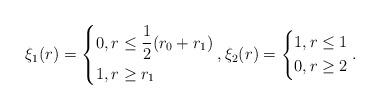
LaTeX: \begin{align*}\xi_{1}(r)=\left\{\begin{aligned}&0,r\leq\frac{1}{2}(r_{0}+r_{1})\\ &1,r\geq r_{1}\end{aligned}\right.,\xi_{2}(r)=\left\{\begin{aligned}1,r\leq 1\\ 0,r\geq 2\end{aligned}\right..\end{align*}